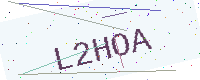
Text: L2HOA